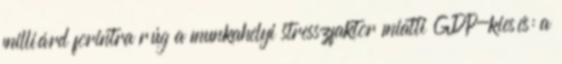
milliárd forintra rúg a munkahelyi stresszfaktor miatti GDP-kiesés: a